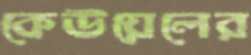
কেউয়েলের